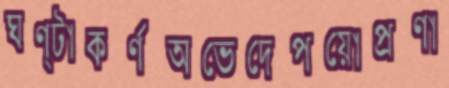
ঘণ্টাকর্ণঅভেদেপয়োপ্রণা